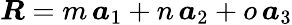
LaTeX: \boldsymbol R=m\, \boldsymbol a_{1}+n\, \boldsymbol a_{2}+o\, \boldsymbol a_{3}